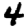
Digit: 4